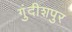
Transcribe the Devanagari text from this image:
गुंदीशपुर